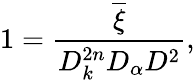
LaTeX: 1=\frac{\overline{{{\xi}}}}{D_{k}^{2n}D_{\alpha}D^{2}},